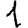
Digit: 1